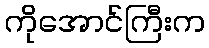
ကိုအောင်ကြီးက